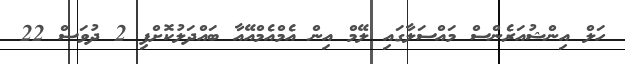
ހަލް އިންޝުއަރެންސް މައްސަލާގައި ލޭމް އިން އެމްއެމްއޭއާ ބައްދަލުކޮށްފި 2 ދުވަސް 22